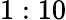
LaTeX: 1:10